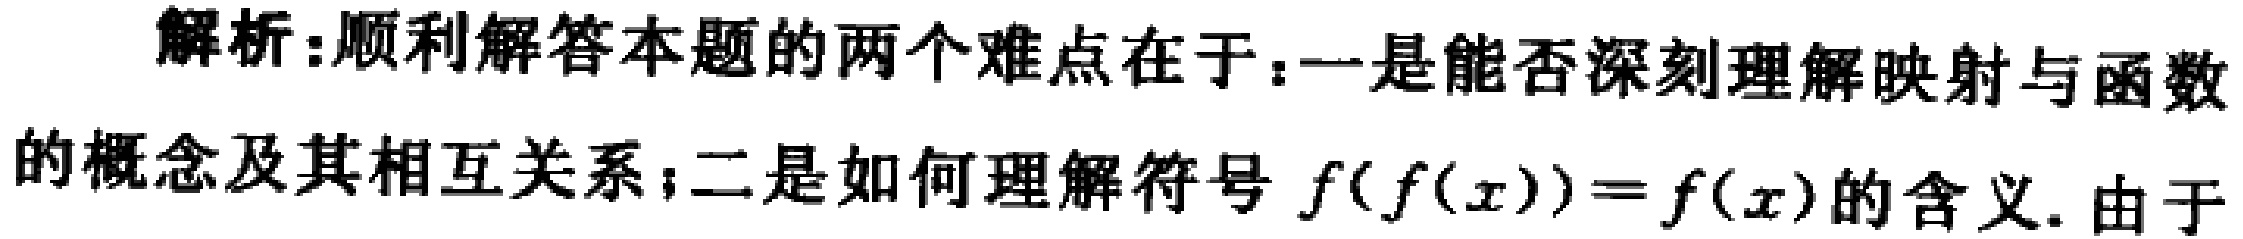
解析：顺利解答本题的两个难点在于：一是能否深刻理解映射与函数的概念及其相互关系；二是如何理解符号 \(f(f(x)) = f(x)\) 的含义. 由于